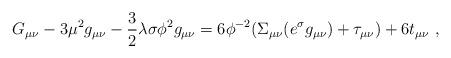
LaTeX: \begin{align*}G_{\mu \nu}-3\mu^2 g_{\mu\nu}-\frac{3}{2}\lambda \sigma \phi^2g_{\mu\nu} =6\phi^{-2}(\Sigma_{\mu \nu}(e^{\sigma}g_{\mu\nu})+\tau_{\mu\nu})+ 6t_{\mu\nu}~, \end{align*}